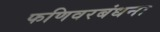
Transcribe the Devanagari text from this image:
फणिवरबंधना